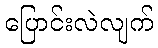
ပြောင်းလဲလျက်